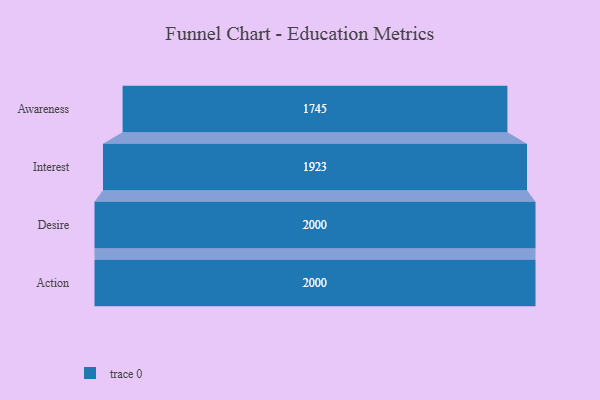
{"axis": {"x": "Stage", "y": "Value"}, "legend": [""], "data": [{"x": "Awareness", "y": 1745.0, "type": ""}, {"x": "Interest", "y": 1923.0, "type": ""}, {"x": "Desire", "y": 2000, "type": ""}, {"x": "Action", "y": 2000, "type": ""}]}